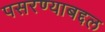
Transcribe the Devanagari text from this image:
पसरण्याबद्दल